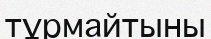
тұрмайтыны